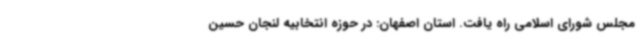
مجلس شورای اسلامی راه یافت. استان اصفهان: در حوزه انتخابیه لنجان حسین